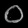
Digit: ၀